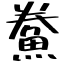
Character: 鮝